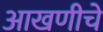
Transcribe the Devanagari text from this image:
आखणीचे